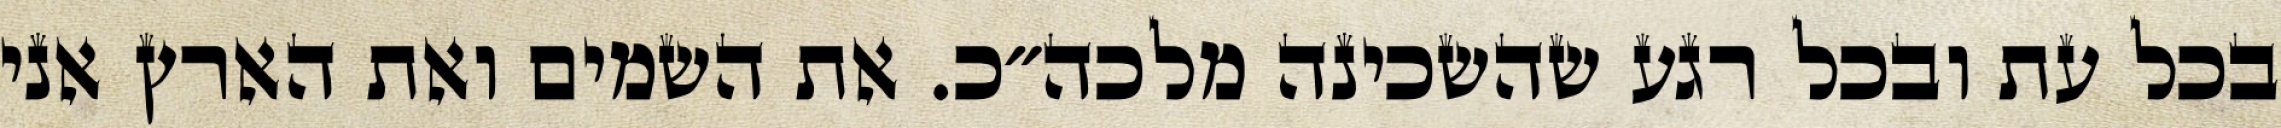
בכל עת ובכל רגע שהשכינה מלכה״כ. את השמים ואת הארץ אני